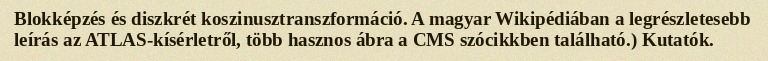
Blokképzés és diszkrét koszinusztranszformáció. A magyar Wikipédiában a legrészletesebb leírás az ATLAS-kísérletről, több hasznos ábra a CMS szócikkben található.) Kutatók.